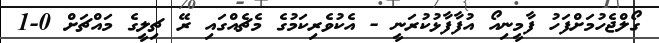
ގޯލްޖެހުމަށްފަހު ފާމީނިއޯ އުފާފާޅުކުރަނީ - އެކުވެރިކަމުގެ މެޗެއްގައި ރޭ ޗިލީގެ މައްޗަށް 0-1